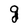
Character: g